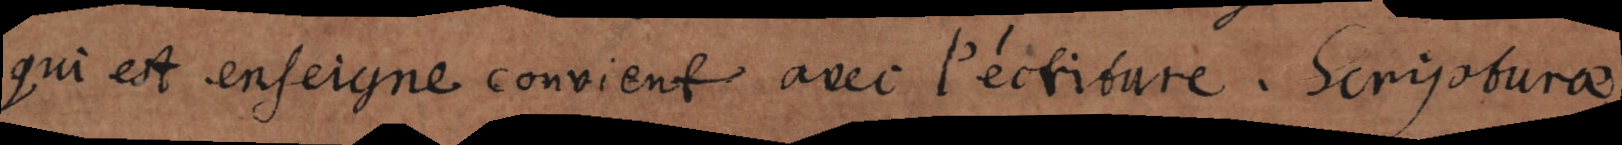
qui est enseigne convient avec l’écriture. Scripturae